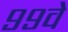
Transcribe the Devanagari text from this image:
९९वे